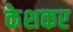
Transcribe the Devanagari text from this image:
केशकर